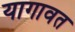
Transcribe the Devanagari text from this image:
यागावत